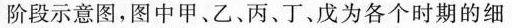
阶段示意图，图中甲、乙、丙、丁、戊为各个时期的细